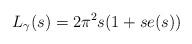
LaTeX: \begin{align*}L_\gamma(s)=2\pi^{2}s(1+se(s))\end{align*}